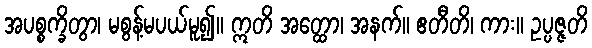
အပစ္စက္ခိတွာ၊ မစွန့်မပယ်မူ၍။ ဣတိ အတ္ထော၊ အနက်။ ဧတီတိ၊ ကား။ ဥပ္ပဇ္ဇတိ